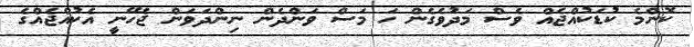
ކޮންމެ ކުޑަކުއްޖެއް ވެސް މަދުވެގެން ހަ މަސް ވަންދެން ނިންދަވަން ޖެހޭނީ އެކުއްޖެއްގެ